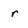
Character: r